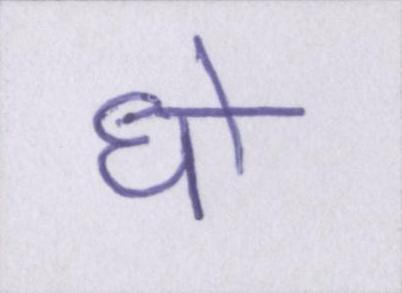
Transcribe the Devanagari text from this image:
धो